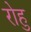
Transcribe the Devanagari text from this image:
रोहु